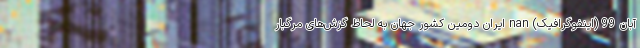
آبان 99 (اینفوگرافیک) nan ایران دومین کشور جهان به لحاظ گزش‌های مرگبار